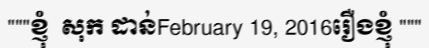
"""ខ្ញុំ  សុក ដាន់February 19, 2016រឿងខ្ញុំ """